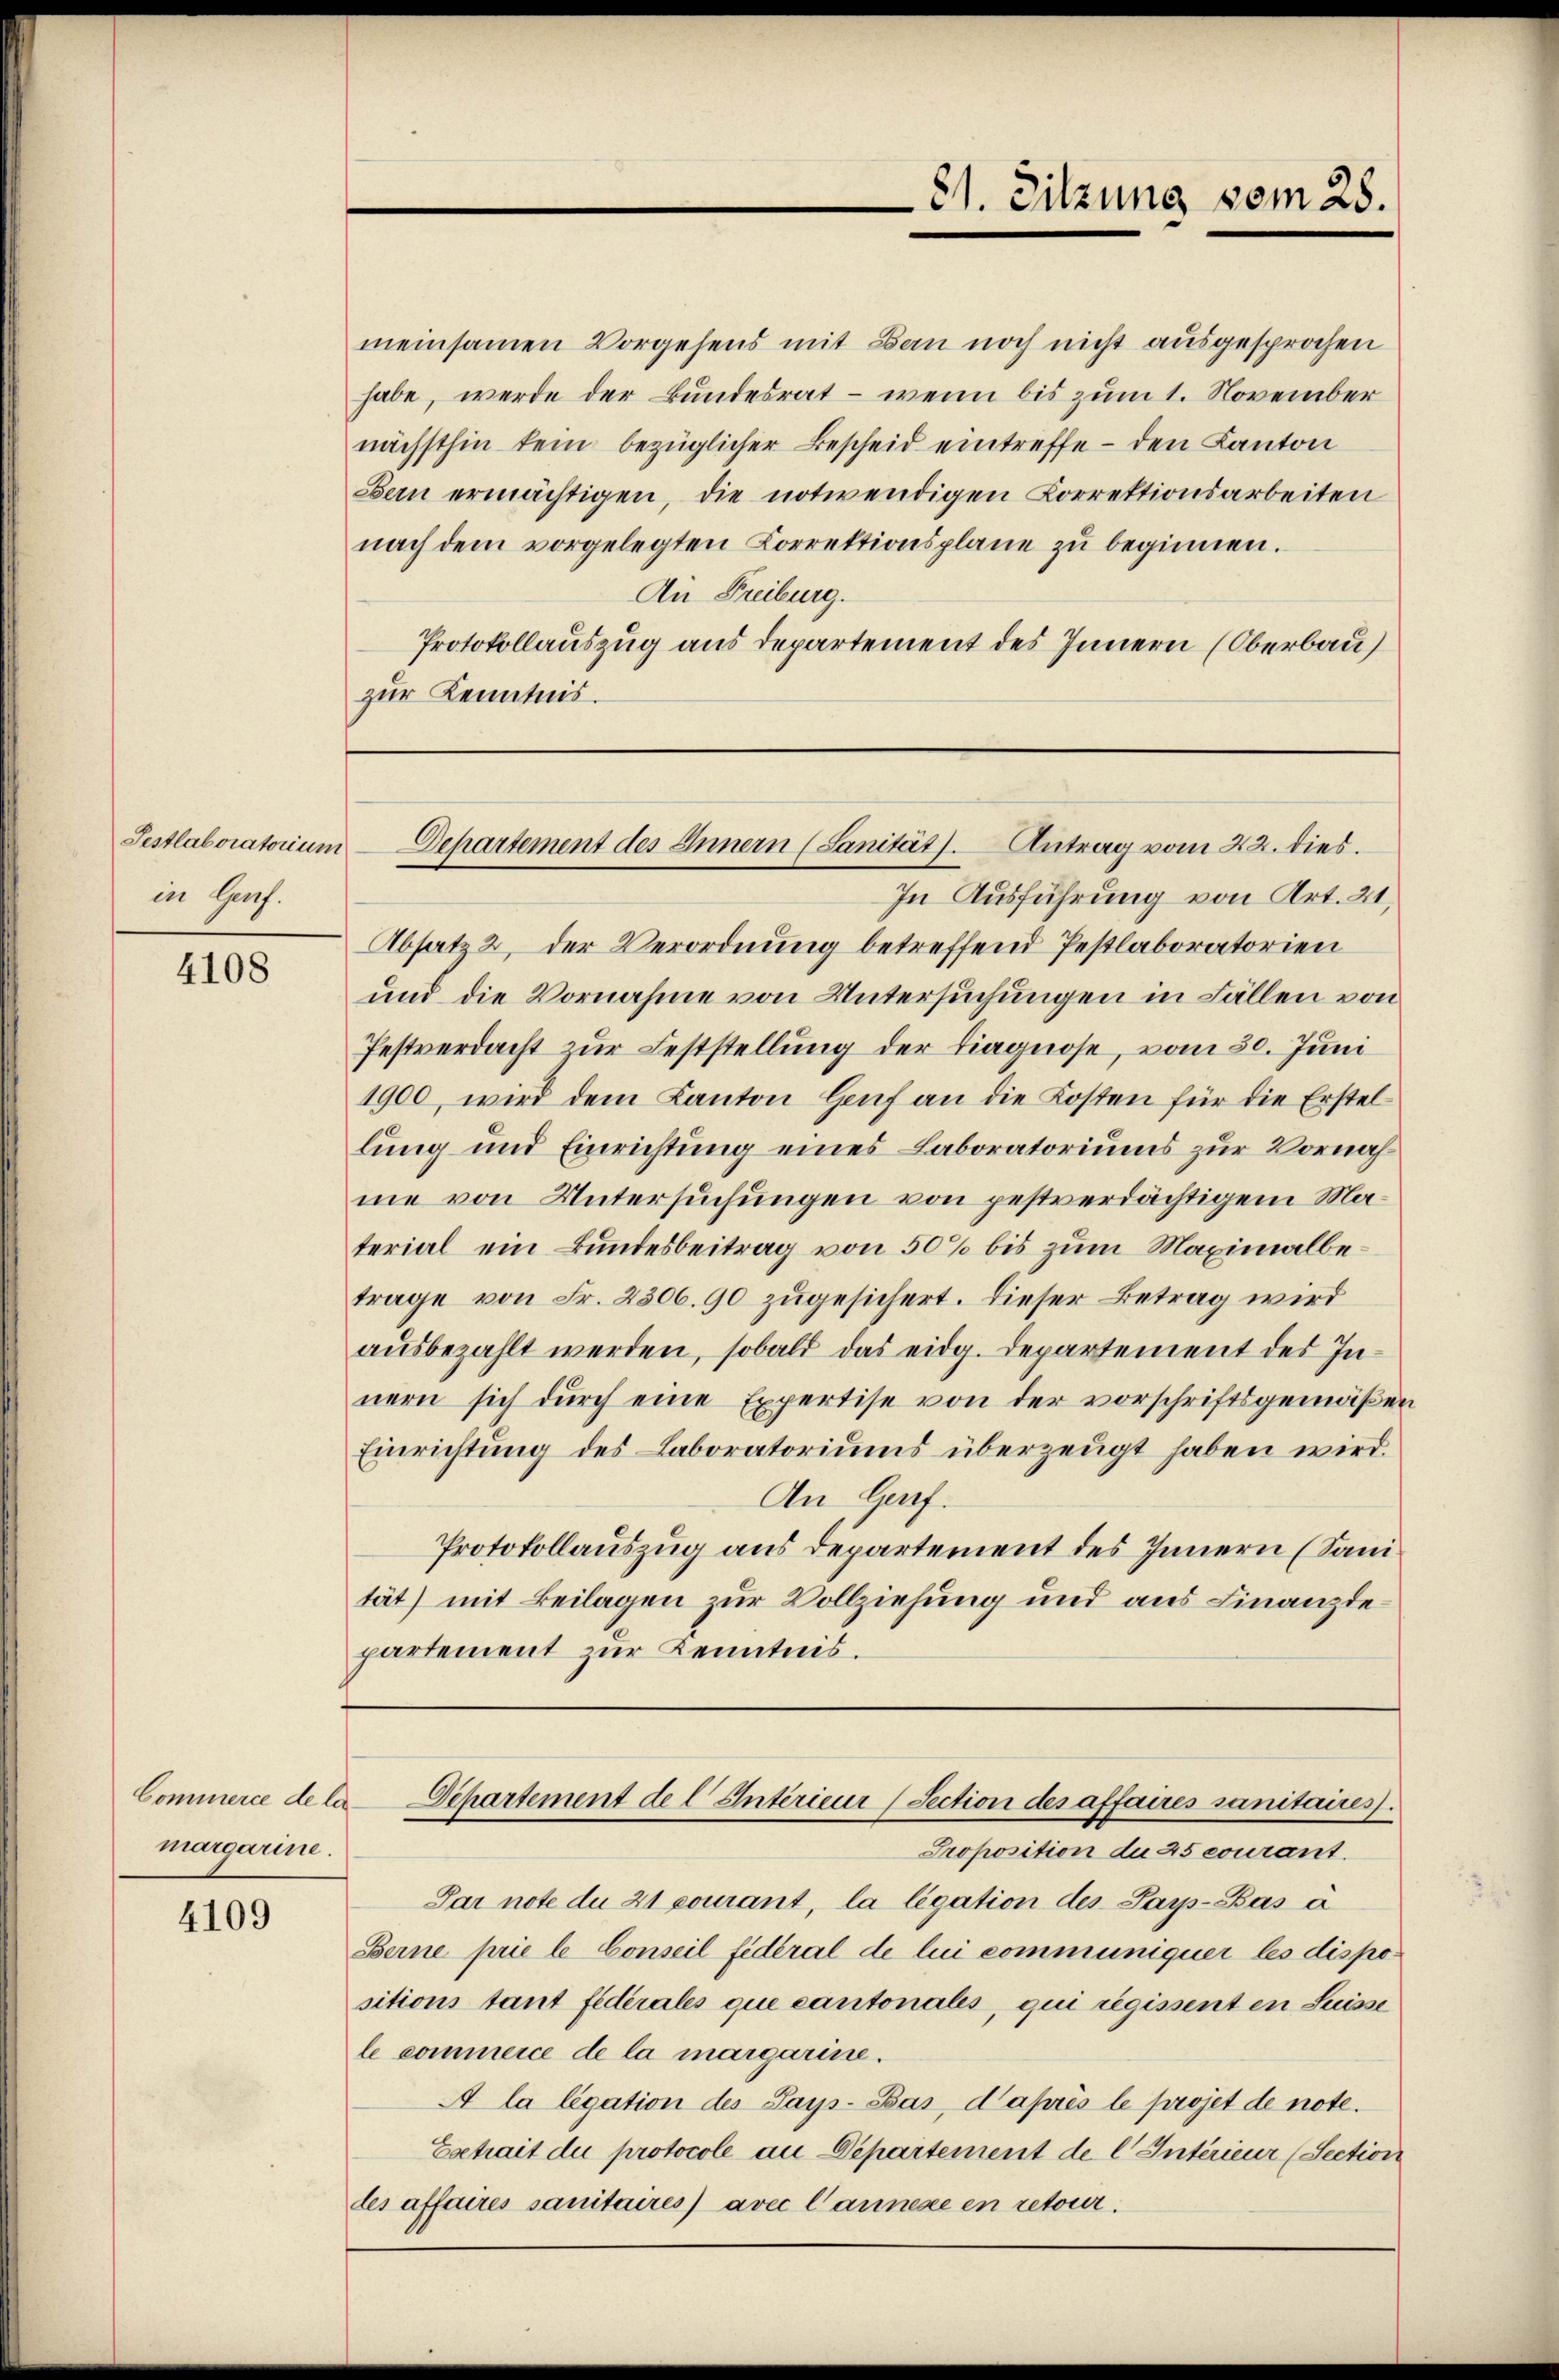
Festlaboratorium
in Genf.

4108

Commerce de la
margarine.

4109

meinsamen Vorgehens mit Bau noch nicht ausgesprochen
habe, werde der Bundesrat – wenn bis zum 1. November
nächsthin kein bezüglicher Bescheid eintreffe - den Kanton
Bern ermächtigen, die notwendigen Korrektionsarbeiten
nach dem vorgelegten Correktionsplane zŭ beginnen.
An Freiburg.
Protokollauszug aus Departement des Innern (Oberbau
zur Kenntnis.

81. Sitzung vom 28.

Departement des Innern (Sanität. Antrag vom 22. dies.

In Ausführung von Art. 21,
Absatz 2, der Verordnung betreffend Pestlaboratorien
und die Vornahme von Untersuchungen in Fällen von
Pestverdacht zur Feststellung der Tiagnose, vom 30. Juni
1900, wird dem Kanton Genf an die Kosten für die Erstel
lung und Einrichtung eines Laboratoriums zur Vornahme von Untersuchungen von pestverdächtigem Material ein Bundesbeitrag von 50% bis zum Maximalbetrage von Fr. 2300. 90 zugesichert. Dieser Betrag wird
ausbezahlt werden, sobald das eidg. Departement des Innern sich dŭrch eine Expertise von der vorschriftsgemäßen
Einrichtung des Laboratoriums überzeugt haben wird.
An Genf.
Protokollauszug aus Departement des Innern (Sanität) mit Beilagen zur Vollziehung und aus Finanzde
partement zur Kenntnis.

Departement de l Intérieur (Section des affaires sanitaires.

Proposition du 25 courant.
Par note du 21 courant, la ligation des Par-Bás à
Berne prie le Conseil fédéral de lui communiquer les dispositions tant federales que cantonales, qui regissent en Suisse
le commerce de la margarine.
A la légation des Says-Bas, d’après le projet de note.
Extrait du protocole an Departement de l Intérieur (Section
les affaires sanitaires) avec l’annese en retour.